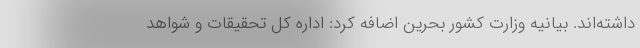
داشته‌اند. بیانیه وزارت کشور بحرین اضافه کرد: اداره کل تحقیقات و شواهد